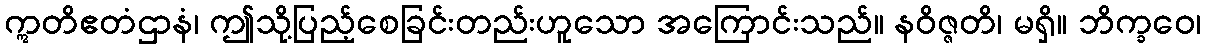
ဣတိဧတံဌာနံ၊ ဤသို့ပြည့်စေခြင်းတည်းဟူသော အကြောင်းသည်။ နဝိဇ္ဇတိ၊ မရှိ။ ဘိက္ခဝေ၊